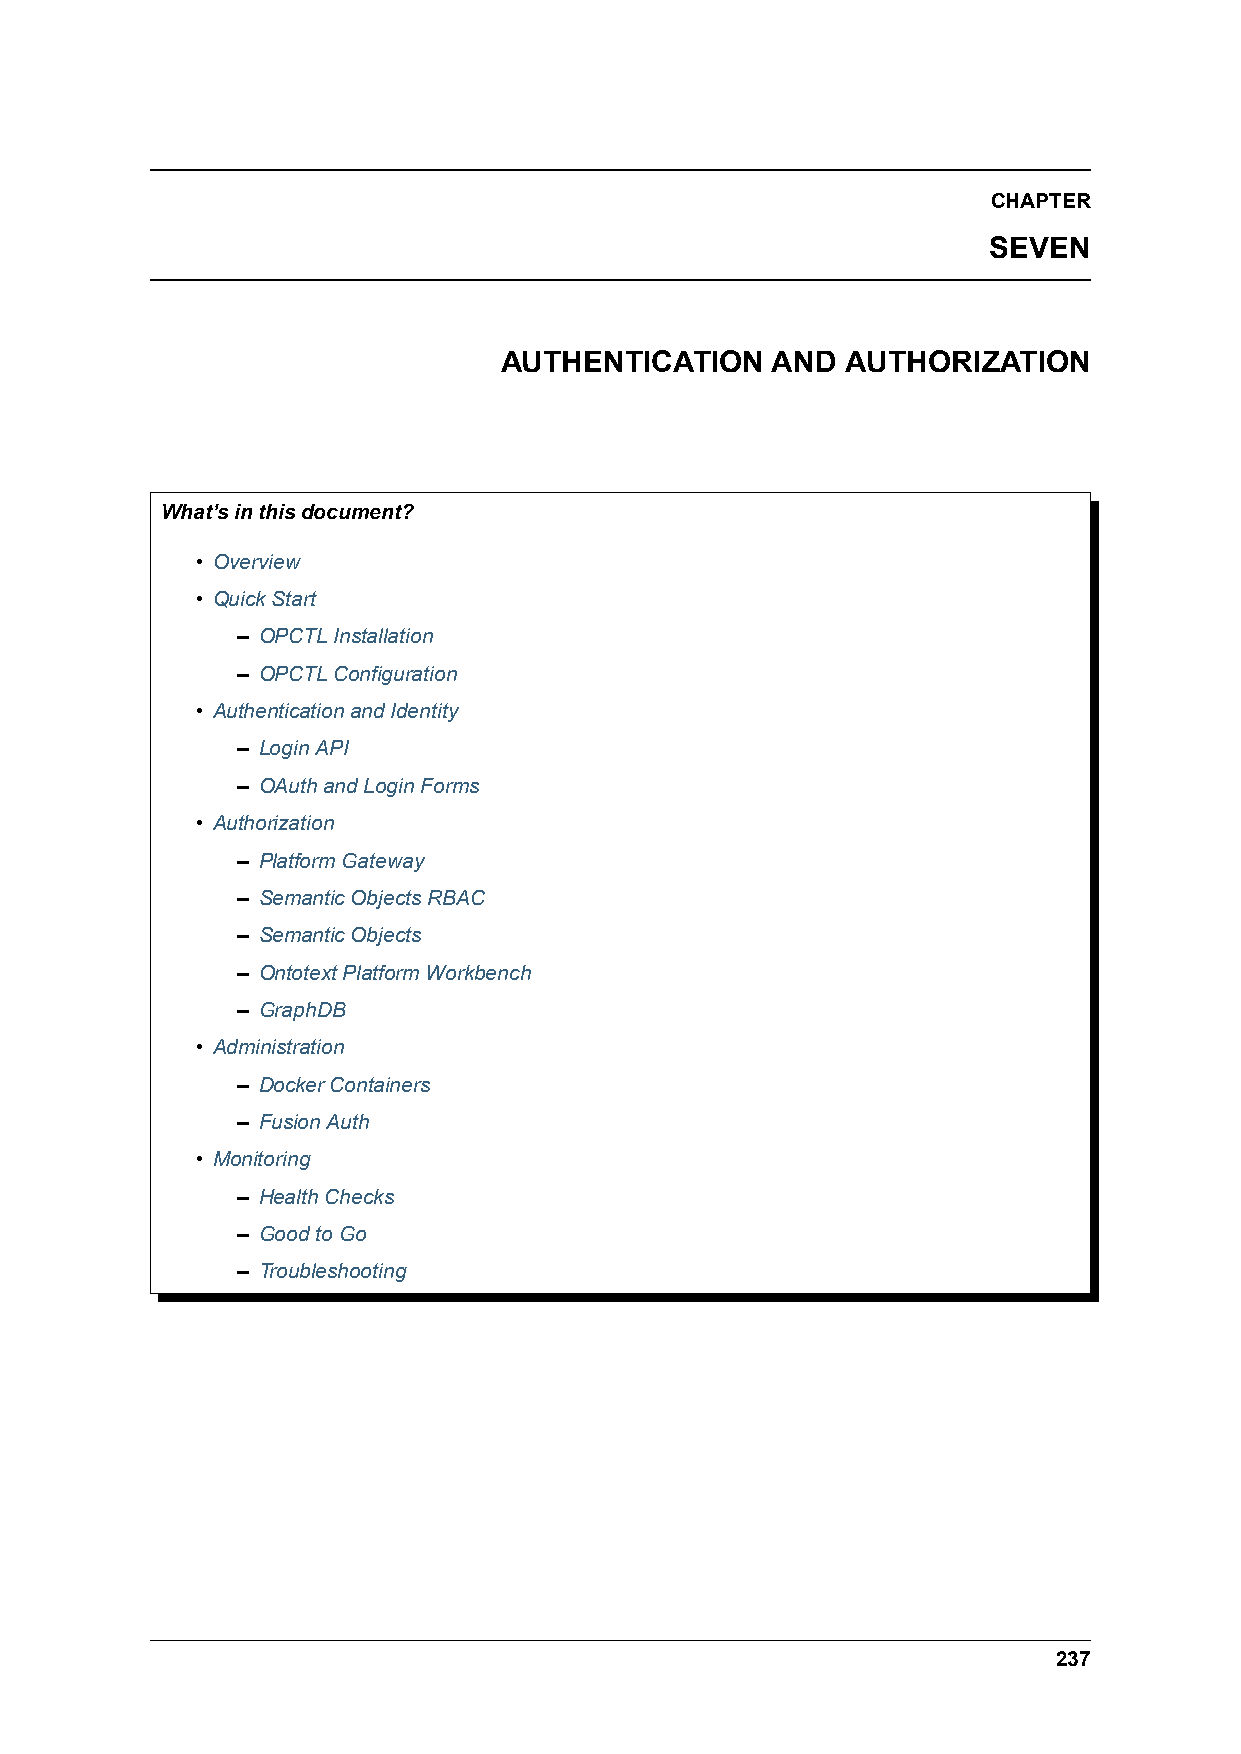
CHAPTER
 SEVEN
 AUTHENTICATION    AND  AUTHORIZATION
 What’sinthisdocument?
 • Overview
 • QuickStart
 – OPCTLInstallation
 – OPCTLConfiguration
 • AuthenticationandIdentity
 – LoginAPI
 – OAuthandLoginForms
 • Authorization
 – PlatformGateway
 – SemanticObjectsRBAC
 – SemanticObjects
 – OntotextPlatformWorkbench
 – GraphDB
 • Administration
 – DockerContainers
 – FusionAuth
 • Monitoring
 – HealthChecks
 – GoodtoGo
 – Troubleshooting
 237